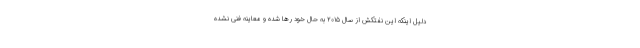
دلیل اینکه این نفتکش از سال ۲۰۱۵ به حال خود رها شده و معاینه فنی نشده